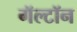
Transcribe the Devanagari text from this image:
गॅल्टॉन